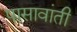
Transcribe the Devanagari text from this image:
पासावांती